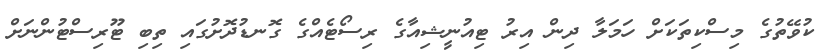
ކުވޭތުގެ މިސްކިތަކަށް ހަމަލާ ދިން އިރު ޓިއުނީޝިއާގެ ރިސޯޓެއްގެ ގޮނޑުދޮށުގައި ތިބި ޓޫރިސްޓުންނަށް